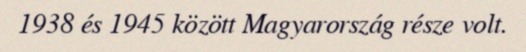
1938 és 1945 között Magyarország része volt.